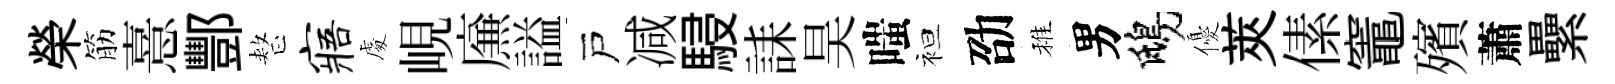
榮筋憙酆整寤䖏峴㢘謚戸减駸誄昊嗤袒劭稚男鴟優莢傃竈殯蕭纍